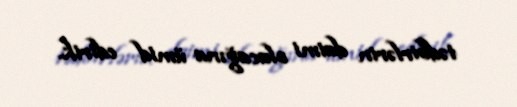
tədbirlərin daimi olacağına ümid edirik.